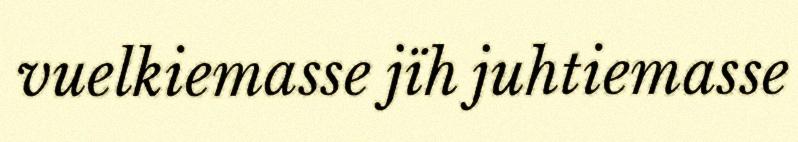
vuelkiemasse jïh juhtiemasse